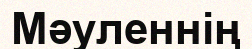
Мәуленнің